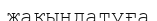
жақындатуға